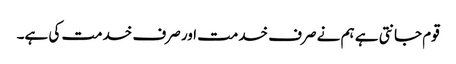
قوم جانتی ہے ہم نے صرف خدمت اور صرف خدمت کی ہے۔